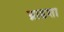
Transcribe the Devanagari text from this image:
ब्राडशा